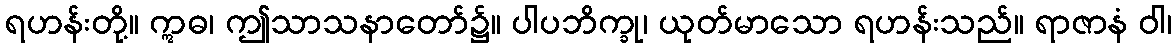
ရဟန်းတို့။ ဣဓ၊ ဤသာသနာတော်၌။ ပါပဘိက္ခု၊ ယုတ်မာသော ရဟန်းသည်။ ရာဇာနံ ဝါ၊